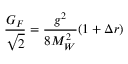
\frac { G _ { F } } { \sqrt { 2 } } = \frac { g ^ { 2 } } { 8 M _ { W } ^ { 2 } } ( 1 + \Delta r )